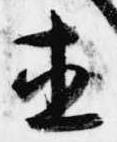
直